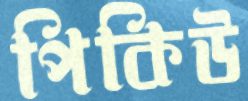
পিকিউ